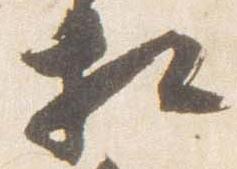
相